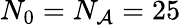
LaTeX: N_{0}=N_{\mathcal{A}}=25